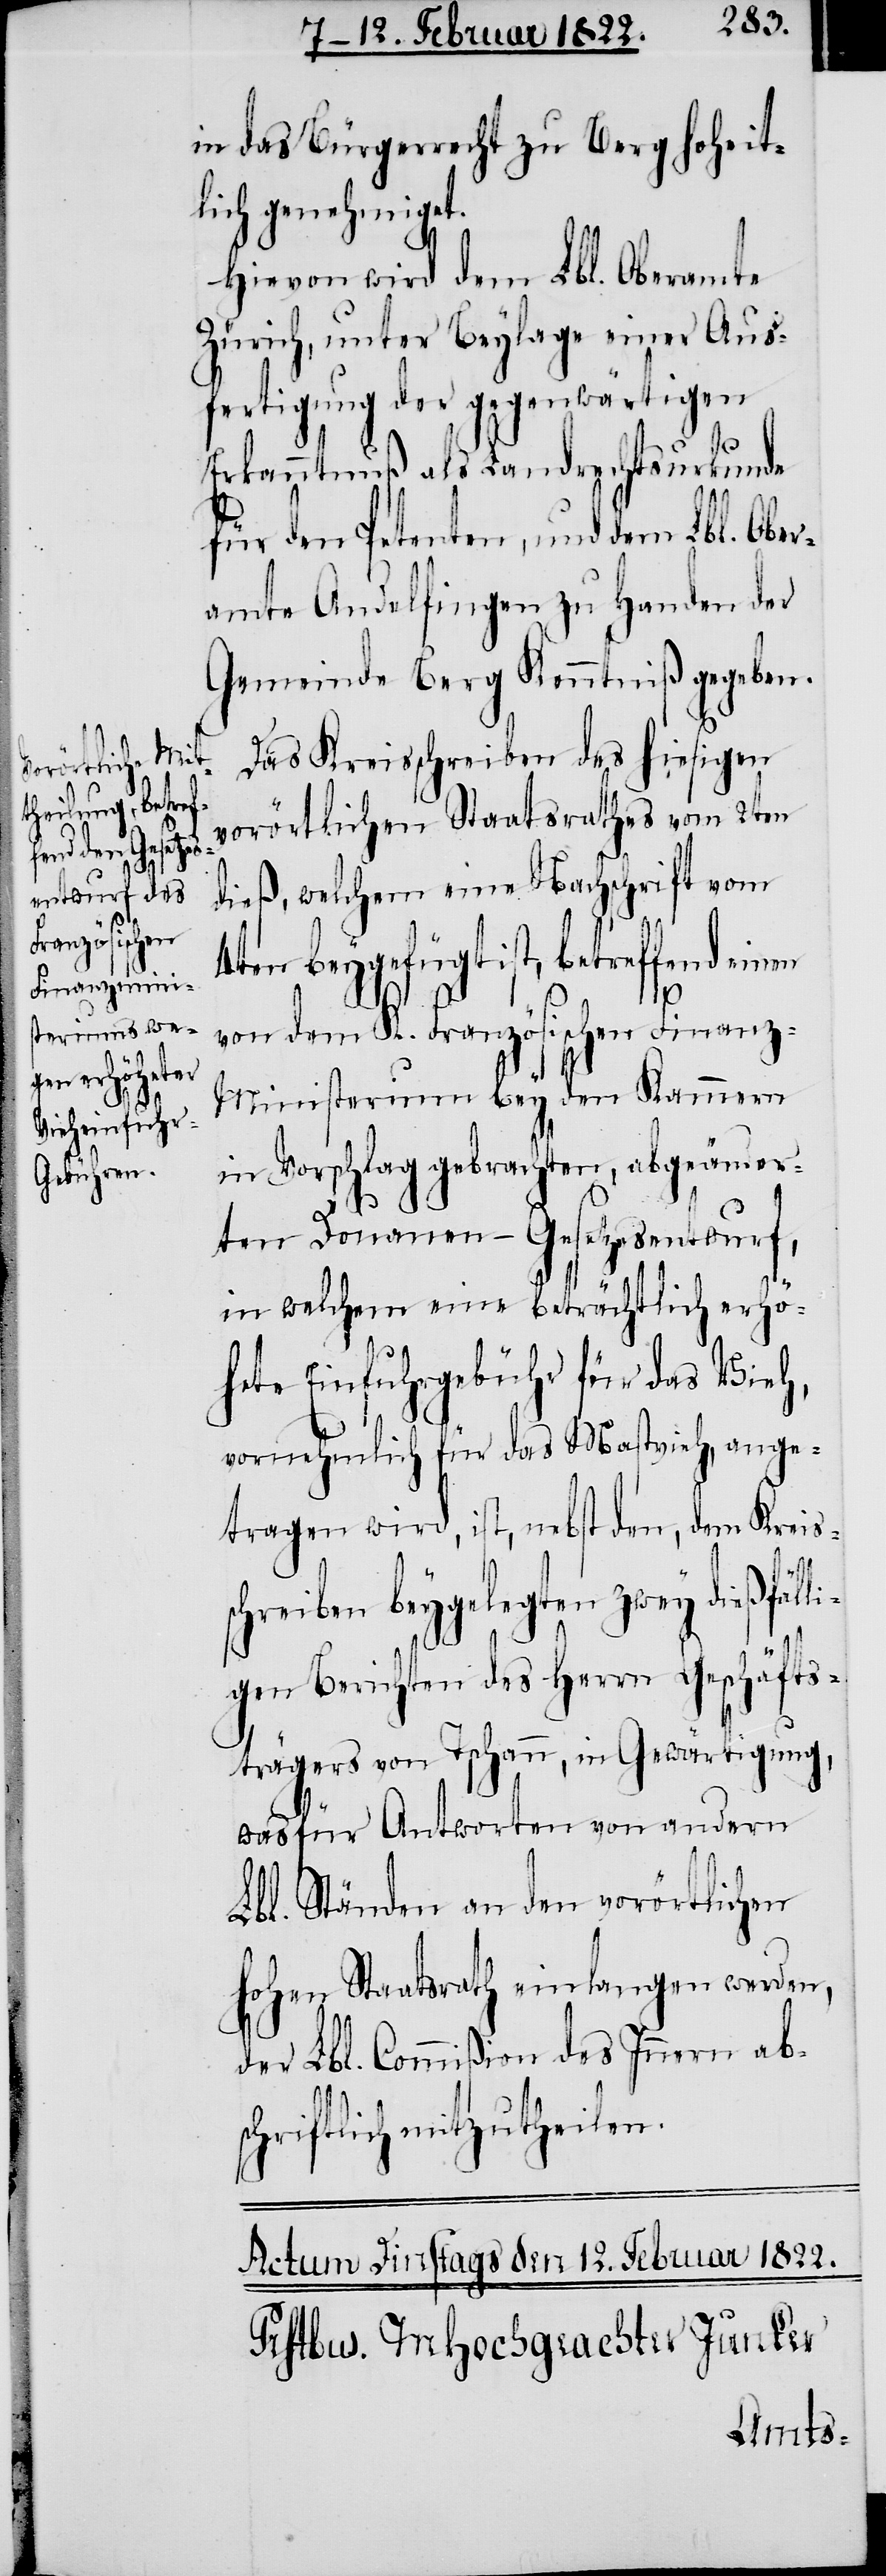
in das Bürgerrecht zu Berg hoheit¬
lich genehmiget.
Hievon wird dem Lbl. Oberamte
Zürich, unter Beylage einer Aus¬
fertigung der gegenwärtigen
Erkanntnuß als Landrechtsurkunde
für den Petenten, und dem Lbl. Ober¬
amte Andelfingen zu Handen der
Gemeinde Berg Kenntniß gegeben.
Das Kreisschreiben des hiesigen
vorörtlichen Staatsrathes vom 2ten
dieß, welchem eine Nachschrift vom
4ten beygefügt ist, betreffend ein¬
en
von dem K. Französischen Finanz-M¬
inisterium bey den Kammern
in Vorschlag gebrachten, abgeänder¬
ten Douanen-Gesetzesentwurf,
in welchem eine beträchtlich erhö¬
hete Einfuhrgebühr für das Vieh,
vornehmlich für das Mastvieh, ange¬
tragen wird, ist, nebst den, dem Kreis¬
schreiben beygelegten zwey dießfäll¬
igen Berichten des Herrn Geschäfts¬
trägers von Tschann, in Gewärtigung,
was für Antworten von andern
Lbl. Ständen an den vorörtlichen
hohen Staatsrath einlangen werden,
der Lbl. Commißion des Innern ab¬
schriftlich mitzutheilen.